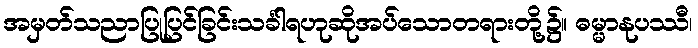
အမှတ်သညာပြုပြင်ခြင်းသင်္ခါရဟုဆိုအပ်သောတရားတို့၌။ ဓမ္မာနုပဿီ၊